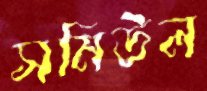
সমিউল